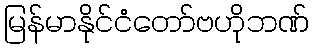
မြန်မာနိုင်ငံတော်ဗဟိုဘဏ်